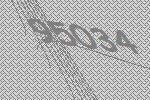
95034